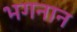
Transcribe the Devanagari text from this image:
भगनान